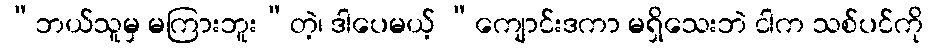
“ဘယ်သူမှ မကြားဘူး”တဲ့၊ ဒါပေမယ့် “ကျောင်းဒကာ မရှိသေးဘဲ ငါက သစ်ပင်ကို